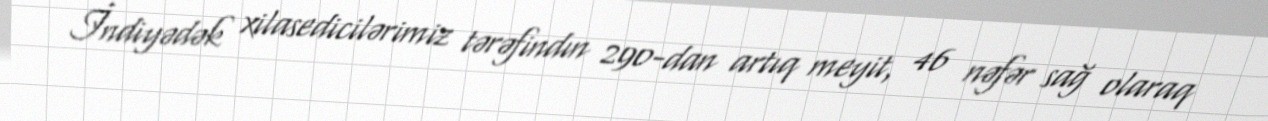
İndiyədək xilasedicilərimiz tərəfindın 290-dan artıq meyit, 46 nəfər sağ olaraq